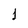
Character: 1